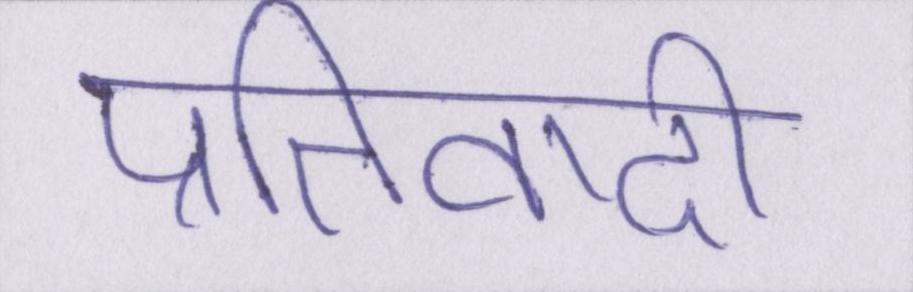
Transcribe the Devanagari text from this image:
प्रतिवादी